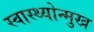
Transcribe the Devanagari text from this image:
स्वास्थ्योन्मुख